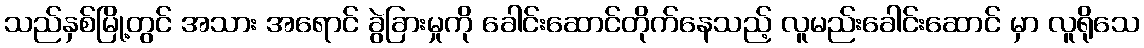
သည်နှစ်မြို့တွင် အသား အရောင် ခွဲခြားမှုကို ခေါင်းဆောင်တိုက်နေသည့် လူမည်းခေါင်းဆောင် မှာ လူရိုသေ